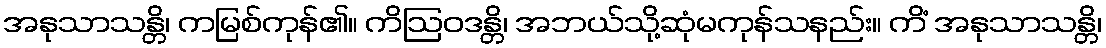
အနုသာသန္တိ၊ ကမြစ်ကုန်၏။ ကိဩဝဒန္တိ၊ အဘယ်သို့ဆုံမကုန်သနည်း။ ကိံ အနုသာသန္တိ၊